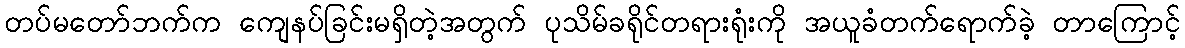
တပ်မတော်ဘက်က ကျေနပ်ခြင်းမရှိတဲ့အတွက် ပုသိမ်ခရိုင်တရားရုံးကို အယူခံတက်ရောက်ခဲ့ တာကြောင့်